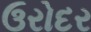
ઉરોદર